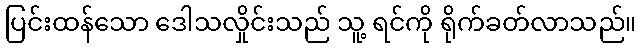
ပြင်းထန်သော ဒေါသလှိုင်းသည် သူ့ ရင်ကို ရိုက်ခတ်လာသည်။